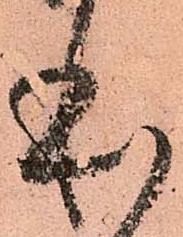
本